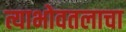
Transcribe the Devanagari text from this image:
त्याभोवतलाचा